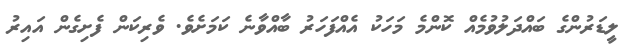
ލީޑަރުންގެ ބައްދަލުވުމެއް ކޮންމެ މަހަކު އެއްފަހަރު ބާއްވާނެ ކަމަށެވެ. ވެރިކަން ފެށިގެން އައިރު